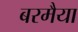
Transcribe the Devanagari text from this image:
बरमैया